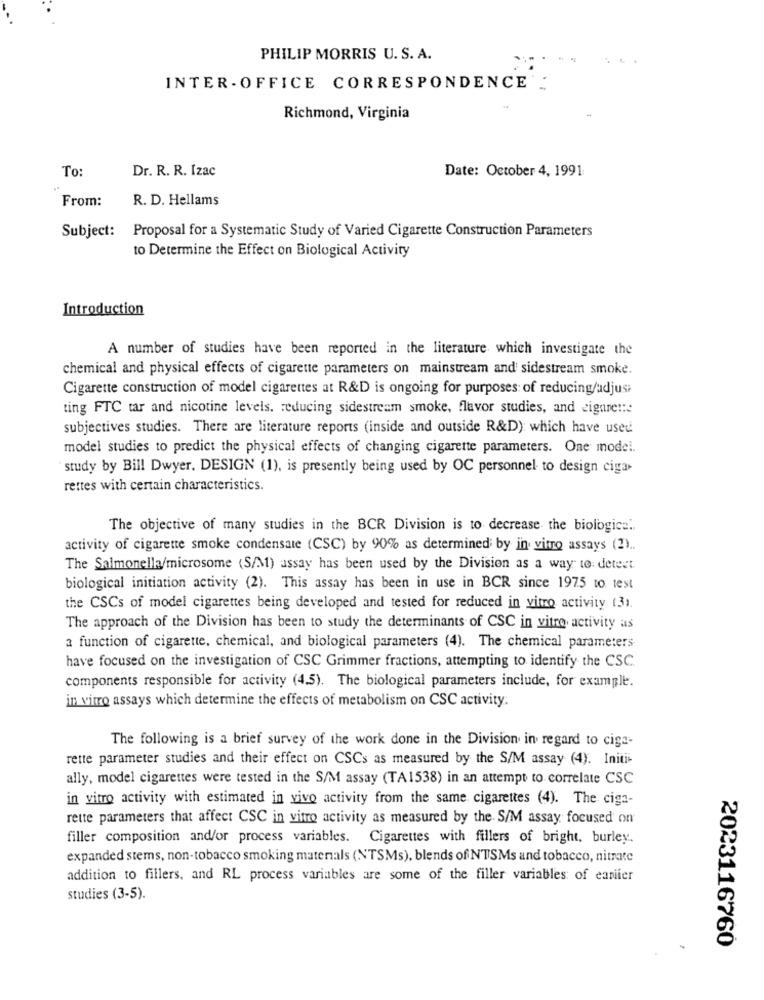
PHILIP MORRIS U. S. A.
INTER - OFFICE CORRESPONDENCE
Richmond, Virginia
To:
Dr. R. R. Izac
Date: October 4, 1991
From:
R. D. Hellams
Subject:
Proposal for a Systematic Study of Varied Cigarette Construction Parameters
to Determine the Effect on Biological Activity
Introduction
A number of studies have been reported in the literature which investigate the
chemical and physical effects of cigarette parameters on mainstream and sidestream smoke.
Cigarette construction of model cigarettes at R&D is ongoing for purposes: of reducing/adjust
ting FTC tar and nicotine levels. reducing sidestream smoke, flavor studies, and cigare !::
subjectives studies. There are literature reports (inside and outside R&D): which have used
model studies to predict the physical effects of changing cigarette parameters. One model.
study by Bill Dwyer. DESIGN (1), is presently being used by OC personnel to design cigar
rettes with certain characteristics.
The objective of many studies in the BCR Division is to decrease the biologica ..
activity of cigarette smoke condensate (CSC) by 90% as determined by in vitro assays (2) ..
The Salmonella/microsome (S/M) assay has been used by the Division as a way to detect.
biological initiation activity (2). This assay has been in use in BCR since 1975 to test
the CSCs of model cigarettes being developed and tested for reduced in vitro activity (3).
The approach of the Division has been to study the determinants of CSC in vitro activity as
a function of cigarette, chemical, and biological parameters (4). The chemical parameters
have focused on the investigation of CSC Grimmer fractions, attempting to identify the CSC.
components responsible for activity (4.5). The biological parameters include, for example.
in vitro assays which determine the effects of metabolism on CSC activity:
The following is a brief survey of the work done in the Division in regard to ciga-
rette parameter studies and their effect on CSCs as measured by the S/M assay (4). Initi
ally, model cigarettes were tested in the S/M assay (TA1538) in an attempt to correlate CSC
in vitro activity with estimated in vivo activity from the same cigarettes (4). The ciga-
rette parameters that affect CSC in vitro activity as measured by the S/M assay focused on
filler composition and/or process variables. Cigarettes with fillers of bright, burley.
expanded stems, non-tobacco smoking matenals (NTSMs), blends of NTSMs and tobacco, nitrate
addition to fillers, and RL process variables are some of the filler variables of eanifer
studies (3-5).
2023116760